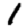
Digit: 1